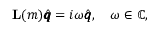
\mathbf { L } ( m ) \hat { \pmb q } = i \omega \hat { \pmb q } , \quad \omega \in \mathbb { C } ,